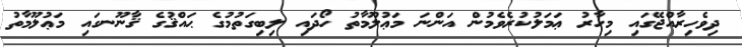
ދިވެހިރާއްޖޭގައި މިހާރު ޢަމަލުކުރެވެމުން އަންނަ މަޢުލޫމާތު ހޯދައި ލިބިގަތުމުގެ ޙައްޤުގެ ޤާނޫނގައި މަޢުލޫމާތު